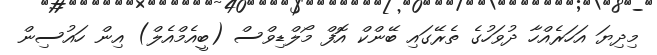
މިދިޔަ އަހަރެއްހާ ދުވަހުގެ ތެރޭގައި ބޭންކް އޮފް މޯލްޑިވްސް (ބީއެމްއެލް) އިން ހައުސިން